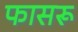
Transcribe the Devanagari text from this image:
फासरू